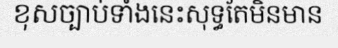
ខុសច្បាប់ទាំងនេះសុទ្ធតែមិនមាន